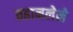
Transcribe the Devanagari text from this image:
तहानलेले